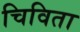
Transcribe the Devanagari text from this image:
चिविता